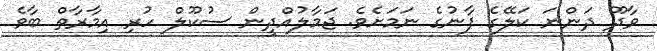
ވާދޫ ދަންނަ ކަލޭގެ ފާނުގެ ނަމަށެވެ. ޖަމާލުއްދީން ސުކޫލް ހުރި އިމާރާތް ބާވެ